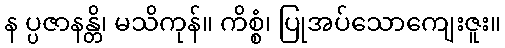
န ပ္ပဇာနန္တိ၊ မသိကုန်။ ကိစ္စံ၊ ပြုအပ်သောကျေးဇူး။